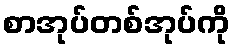
စာအုပ်တစ်အုပ်ကို